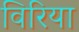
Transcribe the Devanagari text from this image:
विरिया